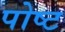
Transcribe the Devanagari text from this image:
पोष्‍ट